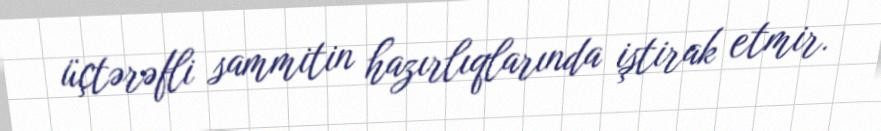
üçtərəfli sammitin hazırlıqlarında iştirak etmir.